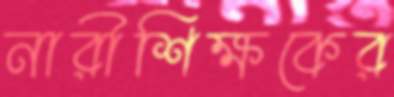
নারীশিক্ষকের